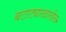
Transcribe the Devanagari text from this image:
बटाट्याखालील